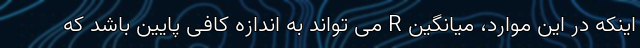
اینکه در این موارد، میانگین R می تواند به اندازه کافی پایین باشد که